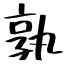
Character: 孰